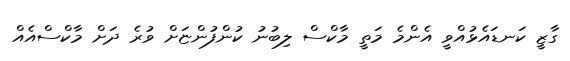
ގާޒީ ކަނޑައެޅުއްވީ އެންމެ މަތީ މާކްސް ލިބުނު ކުންފުންޏަށް ވުރެ ދަށް މާކްސްއެއް